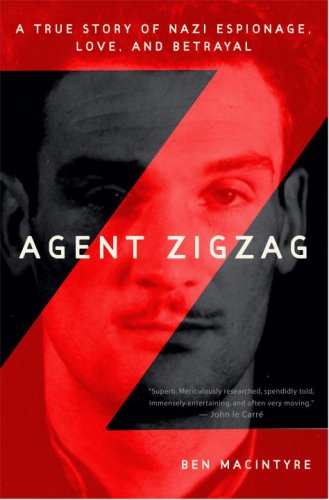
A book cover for Agent Zigzag: A True Story of Nazi Espionage, Love, and Betrayal; Ben Macintyre; History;